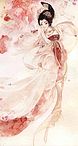
绝顶茅庵里，老衲正孤吟。